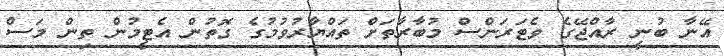
އޭނާ ބުނީ ރާއްޖޭގެ ވެޓަރަންސް މުބާރާތަށް ތައްޔާރުވުމުގެ ގޮތުން އެޓީމުން ތިން މަސް